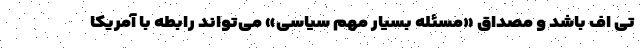
تی اف باشد و مصداق «مسئله بسیار مهم سیاسی» می‌تواند رابطه با آمریکا